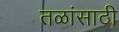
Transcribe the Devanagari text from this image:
तळांसाठी